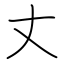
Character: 丈